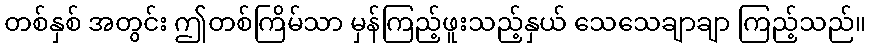
တစ်နှစ် အတွင်း ဤတစ်ကြိမ်သာ မှန်ကြည့်ဖူးသည့်နှယ် သေသေချာချာ ကြည့်သည်။